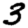
Digit: 3